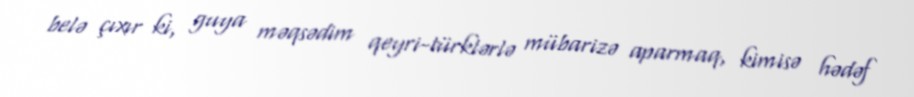
belə çıxır ki, guya məqsədim qeyri-türklərlə mübarizə aparmaq, kimisə hədəf